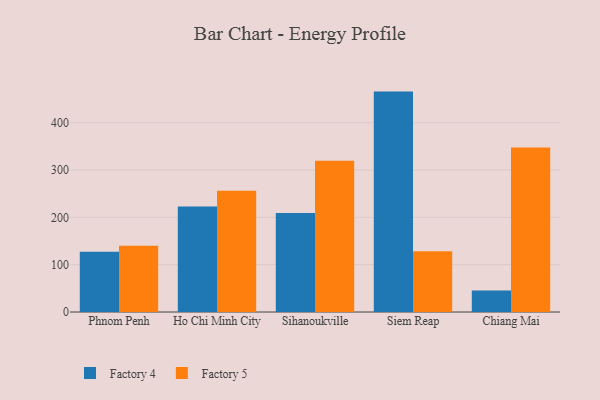
{"axis": {"x": "City", "y": "Energy Usage (MWh)"}, "legend": ["Factory 4", "Factory 5"], "data": [{"x": "Phnom Penh", "y": 127.4, "type": "Factory 4"}, {"x": "Phnom Penh", "y": 140.0, "type": "Factory 5"}, {"x": "Ho Chi Minh City", "y": 223.2, "type": "Factory 4"}, {"x": "Ho Chi Minh City", "y": 256.5, "type": "Factory 5"}, {"x": "Sihanoukville", "y": 209.3, "type": "Factory 4"}, {"x": "Sihanoukville", "y": 319.4, "type": "Factory 5"}, {"x": "Siem Reap", "y": 465.8, "type": "Factory 4"}, {"x": "Siem Reap", "y": 128.3, "type": "Factory 5"}, {"x": "Chiang Mai", "y": 45.4, "type": "Factory 4"}, {"x": "Chiang Mai", "y": 347.6, "type": "Factory 5"}]}